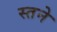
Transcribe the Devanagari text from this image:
स्तने